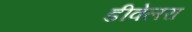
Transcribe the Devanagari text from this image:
डीवेलरा